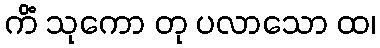
ကိံ သုကော တု ပလာသော ထ၊